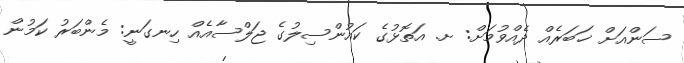
ސަންއަށް ޚަބަރެއް ދެއްވުމަށް: ށ. އަތޮޅުގެ ކައުންސިލުގެ ޖަލްސާއެއް ހިނގަނީ: މެންބަރު ކަމުން